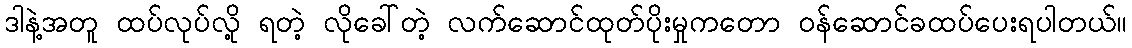
ဒါနဲ့အတူ ထပ်လုပ်လို့ ရတဲ့ လိုခေါ်တဲ့ လက်ဆောင်ထုတ်ပိုးမှုကတော ဝန်ဆောင်ခထပ်ပေးရပါတယ်။